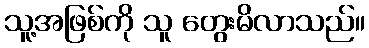
သူ့အဖြစ်ကို သူ တွေးမိလာသည်။